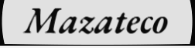
Mazateco